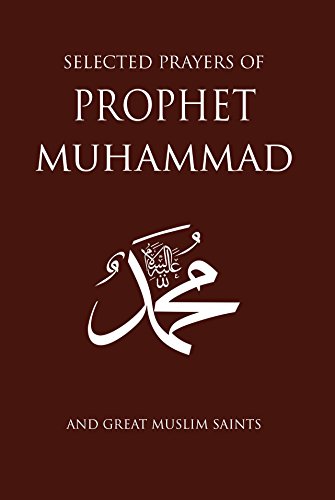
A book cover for Selected Prayers of Prophet Muhammad: and Great Muslim Saints; Religion & Spirituality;